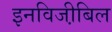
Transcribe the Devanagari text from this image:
इनविजी़बिल